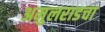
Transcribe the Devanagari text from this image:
अमुलराडचा